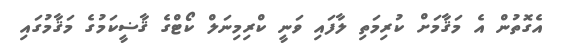
އެގޮތުން އެ މަޤާމަށް ކުރިމަތި ލާފައި ވަނީ ކްރިމިނަލް ކޯޓްގެ ޤާޟީކަމުގެ މަޤާމުގައި